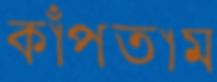
কাঁপতাম